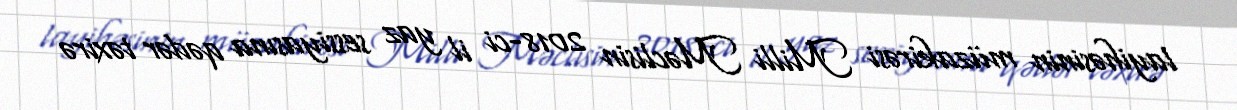
layihəsinin müzakirəsi Milli Məclisin 2018-ci il yaz sessiyasına qədər təxirə